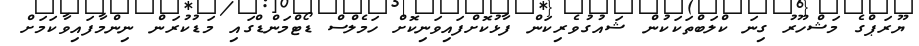
ޔޫރަޕްގެ މަޝްހޫރު ގިނަ ކްލަބްތަކަކުން ޝައުގުވެރިކަން ފާޅުކޮށްފައިވަނިކޮށް ހަމެލްސް ޑޯޓްމަންޑްގައި މަޑުކުރަން ނިންމާފައިވާކަމަށް